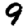
Digit: 9